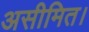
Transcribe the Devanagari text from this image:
असीमित।